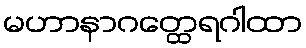
မဟာနာဂတ္ထေရဂါထာ